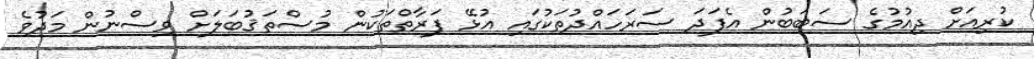
ކުރިއަށް ދިއުމުގެ ސަބަބުން އެފަދަ ސަރަހައްދުތަކުގައި އުޅޭ ފަރާތްތަކުން މުސްތަޤުބަލަށް ވިސްނުން މަދުވެ